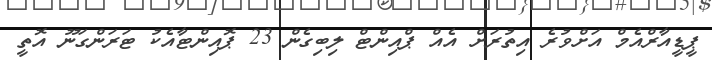
ޕީީޑީއާރްއެމް އަށްވުރެ އިތުރަށް އެއް ޕްއިންޓް ލިބިގެން 23 ޕޮއިންޓާއެކު ޓަރަންގަނޫ އޮތީ